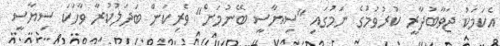
އެކަމަކު ޖަވާބުދާރީ ކުރުވުމުގެ ނަމުގައިި "ސިޔާސީ ބޭނުމަށް" ވެރިކަން ބަދަލުކުރާ ވާހަކަ ސިޔާސީ